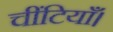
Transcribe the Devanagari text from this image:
चींटियाँ।